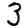
Digit: 3